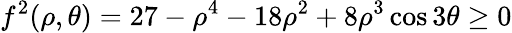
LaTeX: f^{2}(\rho,\theta)=27-\rho^{4}-18\rho^{2}+8\rho^{3}\cos 3\theta\geq 0